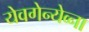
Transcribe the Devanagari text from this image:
येवगेन्येव्ना